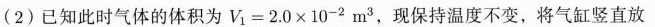
(2)已知此时气体的体积为$$V _ { 1 } = 2 . 0 \times 1 0 ^ { - 2 } m ^ { 3 }$$，现保持温度不变，将气缸竖直放